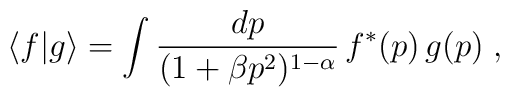
\langle f | g \rangle= \int \frac{dp}{(1 + \beta p^2)^{1-\alpha}}\,f^*(p)\,g(p)\;,